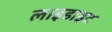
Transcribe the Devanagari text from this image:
लाइडाइट